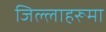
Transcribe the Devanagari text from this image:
जिल्लाहरूमा